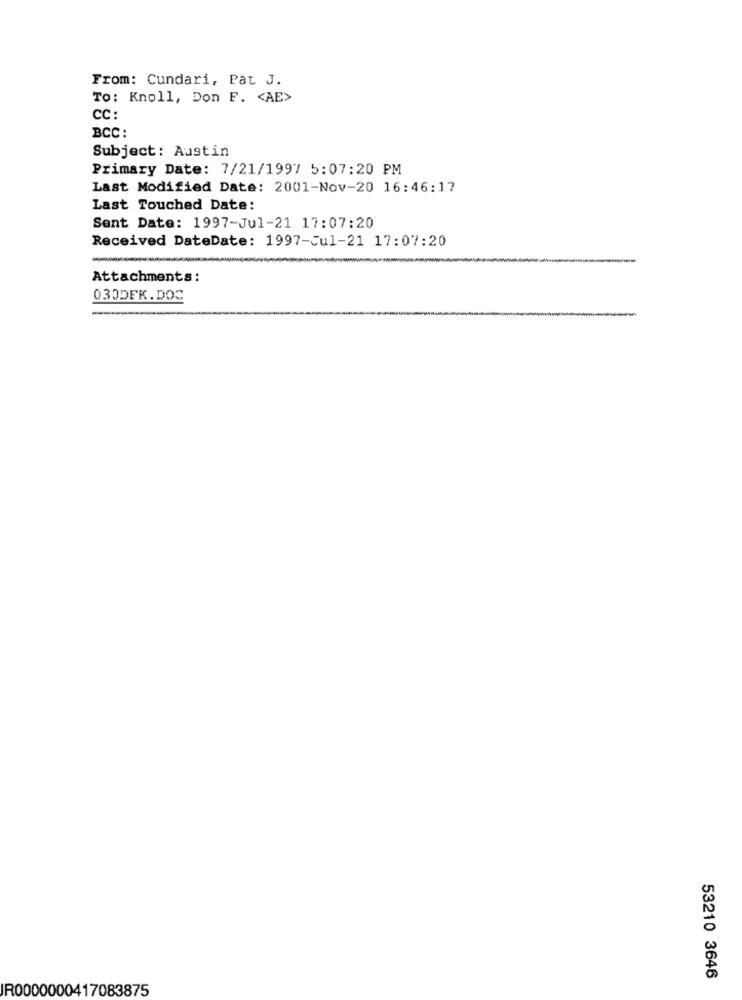
From: Cundari, Pat J.
To: Knoll, Don F. < AE>
CC:
BCC:
Subject: Austin
Primary Date: 7/21/1997 5:07:20 PM
Last Modified Date: 2001-Nov-20 16:46:17
Last Touched Date:
Sent Date: 1997-Jul-21 17:07:20
Received DateDate: 1997-Jul-21 17:07:20
-
Attachments:
030DFK.DOC
53210 3646
IR0000000417083875